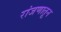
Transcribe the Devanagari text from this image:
रांजणातून